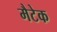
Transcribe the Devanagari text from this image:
मैटेक